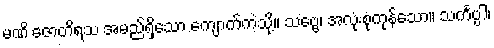
မဏိ ဇောတိရသ အမည်ရှိသော ကျောက်ကဲ့သို့။ သဗ္ဗေ၊ အလုံးစုံကုန်သော။ သင်္ကပ္ပါ၊